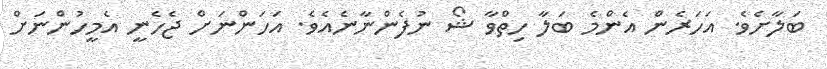
ބަލާށެވެ. އަހަރެން އެންމެ ބަލާ ހިތްވާ ޝޯ ނުފެންނާނެއެވެ. އަހަންނަށް ޖެހެނީ އެމީހުންނަށް